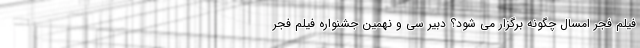
فیلم فجر امسال چگونه برگزار می شود؟ دبیر سی و نهمین جشنواره فیلم فجر